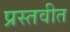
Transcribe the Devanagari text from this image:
प्रस्तवीत